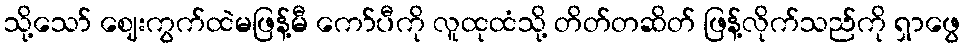
သို့သော် ဈေးကွက်ထဲမဖြန့်မီ ကော်ပီကို လူထုထံသို့ တိတ်တဆိတ် ဖြန့်လိုက်သည်ကို ရှာဖွေ